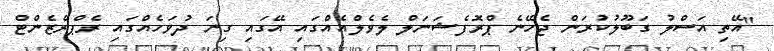
"އޭތި އަސްލު ގަބޫލުކުރަން ޖެހޭނެ ޕްރޮފެޝަނަލް ލެވެލްއެއްގައި އޭގައި ގިނަ ދުވަހެއްގައި ރެޕްރެޒެންޓް